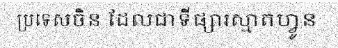
ប្រទេសចិន ដែលជាទីផ្សារស្មាតហ្វូន